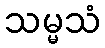
သမ္မသံ